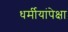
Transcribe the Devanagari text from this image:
धर्मीयांपेक्षा